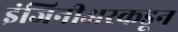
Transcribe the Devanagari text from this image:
इंजिनीअरकडून